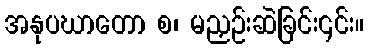
အနုပဃာတော စ၊ မညှဉ်းဆဲခြင်း၎င်း။